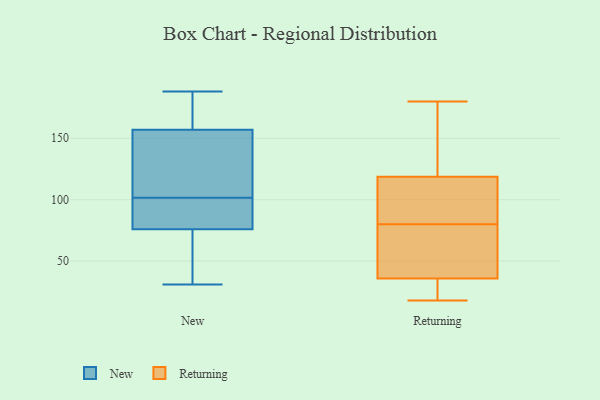
{"axis": {"x": "Active Users", "y": "Value"}, "legend": ["New", "Returning"], "data": [{"x": "", "y": 72, "type": "New"}, {"x": "", "y": 177, "type": "New"}, {"x": "", "y": 92, "type": "New"}, {"x": "", "y": 89, "type": "New"}, {"x": "", "y": 98, "type": "New"}, {"x": "", "y": 76, "type": "New"}, {"x": "", "y": 109, "type": "New"}, {"x": "", "y": 65, "type": "New"}, {"x": "", "y": 109, "type": "New"}, {"x": "", "y": 183, "type": "New"}, {"x": "", "y": 181, "type": "New"}, {"x": "", "y": 188, "type": "New"}, {"x": "", "y": 55, "type": "New"}, {"x": "", "y": 105, "type": "New"}, {"x": "", "y": 80, "type": "New"}, {"x": "", "y": 31, "type": "New"}, {"x": "", "y": 139, "type": "New"}, {"x": "", "y": 157, "type": "New"}, {"x": "", "y": 18, "type": "Returning"}, {"x": "", "y": 49, "type": "Returning"}, {"x": "", "y": 180, "type": "Returning"}, {"x": "", "y": 142, "type": "Returning"}, {"x": "", "y": 43, "type": "Returning"}, {"x": "", "y": 24, "type": "Returning"}, {"x": "", "y": 80, "type": "Returning"}, {"x": "", "y": 37, "type": "Returning"}, {"x": "", "y": 149, "type": "Returning"}, {"x": "", "y": 32, "type": "Returning"}, {"x": "", "y": 81, "type": "Returning"}, {"x": "", "y": 104, "type": "Returning"}, {"x": "", "y": 75, "type": "Returning"}, {"x": "", "y": 171, "type": "Returning"}, {"x": "", "y": 84, "type": "Returning"}, {"x": "", "y": 29, "type": "Returning"}, {"x": "", "y": 111, "type": "Returning"}]}